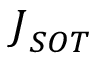
{ \ J } _ { { S O T } }